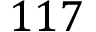
1 1 7